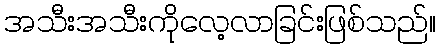
အသီးအသီးကိုလေ့လာခြင်းဖြစ်သည်။